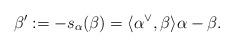
LaTeX: \begin{align*}\beta' := -s_\alpha(\beta) = \langle \alpha^\vee,\beta\rangle \alpha-\beta.\end{align*}